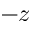
- z